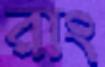
রাং